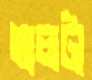
তালটা